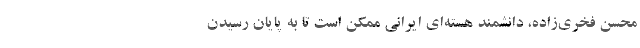
محسن فخری‌زاده، دانشمند هسته‌ای ایرانی ممکن است تا به پایان رسیدن